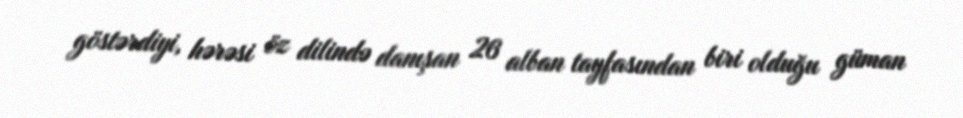
göstərdiyi, hərəsi öz dilində danışan 26 alban tayfasından biri olduğu güman